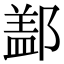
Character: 𨝕